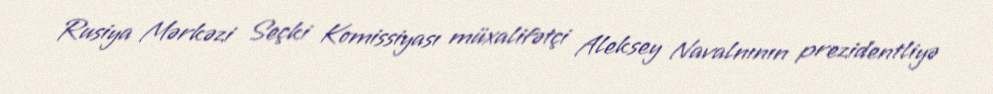
Rusiya Mərkəzi Seçki Komissiyası müxalifətçi Aleksey Navalnının prezidentliyə